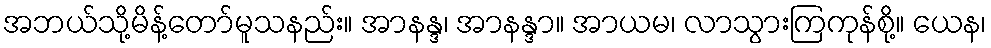
အဘယ်သို့မိန့်တော်မူသနည်း။ အာနန္ဒ၊ အာနန္ဒာ။ အာယမ၊ လာသွားကြကုန်စို့။ ယေန၊